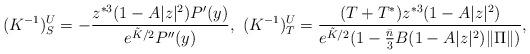
LaTeX: \begin{align*}(K^{-1})^U_S = -\frac{z^{*3}(1-A|z|^2)P'(y)} {e^{\tilde{K}/2}P''(y)},\mbox{ }(K^{-1})^U_T = \frac{(T+T^*)z^{*3}(1-A|z|^2)} {e^{\tilde{K}/2} (1-\frac{\bar{n}}{3}B(1-A|z|^2)\|\Pi\|)},\end{align*}